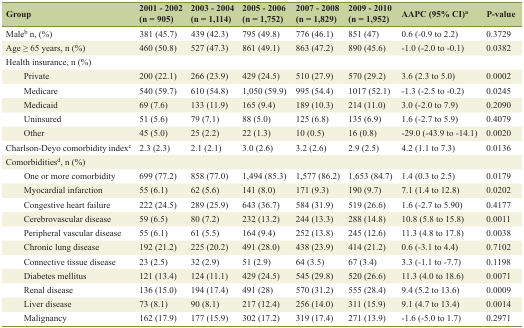
<table><thead><tr><td><b>Group</b></td><td><b>2001 - 2002 (n = 905)</b></td><td><b>2003 - 2004 (n = 1,114)</b></td><td><b>2005 - 2006 (n = 1,752)</b></td><td><b>2007 - 2008 (n = 1,829)</b></td><td><b>2009 - 2010 (n = 1,952)</b></td><td><b>AAPC (95% CI)<sup>a</sup></b></td><td><b>P-value</b></td></tr></thead><tbody><tr><td>Male<sup>b</sup> n, (%)</td><td>381 (45.7)</td><td>439 (42.3)</td><td>795 (49.8)</td><td>776 (46.1)</td><td>851 (47)</td><td>0.6 (-0.9 to 2.2)</td><td>0.3729</td></tr><tr><td>Age ≥ 65 years, n (%)</td><td>460 (50.8)</td><td>527 (47.3)</td><td>861 (49.1)</td><td>863 (47.2)</td><td>890 (45.6)</td><td>-1.0 (-2.0 to -0.1)</td><td>0.0382</td></tr><tr><td>Health insurance, n (%)</td><td></td><td></td><td></td><td></td><td></td><td></td><td></td></tr><tr><td>Private</td><td>200 (22.1)</td><td>266 (23.9)</td><td>429 (24.5)</td><td>510 (27.9)</td><td>570 (29.2)</td><td>3.6 (2.3 to 5.0)</td><td>0.0002</td></tr><tr><td>Medicare</td><td>540 (59.7)</td><td>610 (54.8)</td><td>1,050 (59.9)</td><td>995 (54.4)</td><td>1017 (52.1)</td><td>-1.3 (-2.5 to -0.2)</td><td>0.0245</td></tr><tr><td>Medicaid</td><td>69 (7.6)</td><td>133 (11.9)</td><td>165 (9.4)</td><td>189 (10.3)</td><td>214 (11.0)</td><td>3.0 (-2.0 to 7.9)</td><td>0.2090</td></tr><tr><td>Uninsured</td><td>51 (5.6)</td><td>79 (7.1)</td><td>88 (5.0)</td><td>125 (6.8)</td><td>135 (6.9)</td><td>1.6 (-2.7 to 5.9)</td><td>0.4079</td></tr><tr><td>Other</td><td>45 (5.0)</td><td>25 (2.2)</td><td>22 (1.3)</td><td>10 (0.5)</td><td>16 (0.8)</td><td>-29.0 (-43.9 to -14.1)</td><td>0.0020</td></tr><tr><td>Charlson-Deyo comorbidity index<sup>c</sup></td><td>2.3 (2.3)</td><td>2.1 (2.1)</td><td>3.0 (2.6)</td><td>3.2 (2.6)</td><td>2.9 (2.5)</td><td>4.2 (1.1 to 7.3)</td><td>0.0136</td></tr><tr><td>Comorbidities<sup>d</sup>, n (%)</td><td></td><td></td><td></td><td></td><td></td><td></td><td></td></tr><tr><td>One or more comorbidity</td><td>699 (77.2)</td><td>858 (77.0)</td><td>1,494 (85.3)</td><td>1,577 (86.2)</td><td>1,653 (84.7)</td><td>1.4 (0.3 to 2.5)</td><td>0.0179</td></tr><tr><td>Myocardial infarction</td><td>55 (6.1)</td><td>62 (5.6)</td><td>141 (8.0)</td><td>171 (9.3)</td><td>190 (9.7)</td><td>7.1 (1.4 to 12.8)</td><td>0.0202</td></tr><tr><td>Congestive heart failure</td><td>222 (24.5)</td><td>289 (25.9)</td><td>643 (36.7)</td><td>584 (31.9)</td><td>519 (26.6)</td><td>1.6 (-2.7 to 5.90)</td><td>0.4177</td></tr><tr><td>Cerebrovascular disease</td><td>59 (6.5)</td><td>80 (7.2)</td><td>232 (13.2)</td><td>244 (13.3)</td><td>288 (14.8)</td><td>10.8 (5.8 to 15.8)</td><td>0.0011</td></tr><tr><td>Peripheral vascular disease</td><td>55 (6.1)</td><td>61 (5.5)</td><td>164 (9.4)</td><td>252 (13.8)</td><td>245 (12.6)</td><td>11.3 (4.8 to 17.8)</td><td>0.0038</td></tr><tr><td>Chronic lung disease</td><td>192 (21.2)</td><td>225 (20.2)</td><td>491 (28.0)</td><td>438 (23.9)</td><td>414 (21.2)</td><td>0.6 (-3.1 to 4.4)</td><td>0.7102</td></tr><tr><td>Connective tissue disease</td><td>23 (2.5)</td><td>32 (2.9)</td><td>51 (2.9)</td><td>64 (3.5)</td><td>67 (3.4)</td><td>3.3 (-1.1 to -7.7)</td><td>0.1198</td></tr><tr><td>Diabetes mellitus</td><td>121 (13.4)</td><td>124 (11.1)</td><td>429 (24.5)</td><td>545 (29.8)</td><td>520 (26.6)</td><td>11.3 (4.0 to 18.6)</td><td>0.0071</td></tr><tr><td>Renal disease</td><td>136 (15.0)</td><td>194 (17.4)</td><td>491 (28)</td><td>570 (31.2)</td><td>555 (28.4)</td><td>9.4 (5.2 to 13.6)</td><td>0.0009</td></tr><tr><td>Liver disease</td><td>73 (8.1)</td><td>90 (8.1)</td><td>217 (12.4)</td><td>256 (14.0)</td><td>311 (15.9)</td><td>9.1 (4.7 to 13.4)</td><td>0.0014</td></tr><tr><td>Malignancy</td><td>162 (17.9)</td><td>177 (15.9)</td><td>302 (17.2)</td><td>319 (17.4)</td><td>271 (13.9)</td><td>-1.6 (-5.0 to 1.7)</td><td>0.2971</td></tr></tbody></table>